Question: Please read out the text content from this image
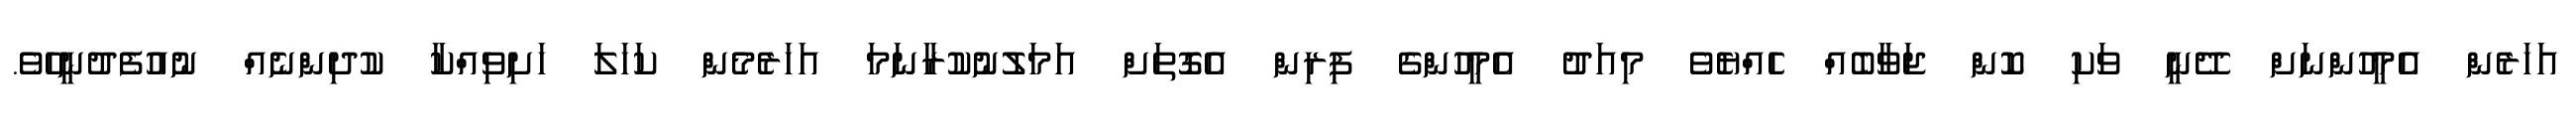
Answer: އަހަރެން އެމީހުންނަށް ދޭނީ ވަކި ކޮން ޖަވާބެއް ހެއްޔެވެ މިއަދު އެމީހުންގެ ފިރިން އެގޮތަށް އަމަލުނުކުރާނަމަ އަހަރެމެން ކަހަލަ ހަށިވިއްކާ ކުދިންނެއް ނުއުފެދުނީހެވެ.